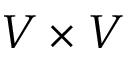
V \times V